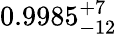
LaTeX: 0.9985_{-12}^{+7}